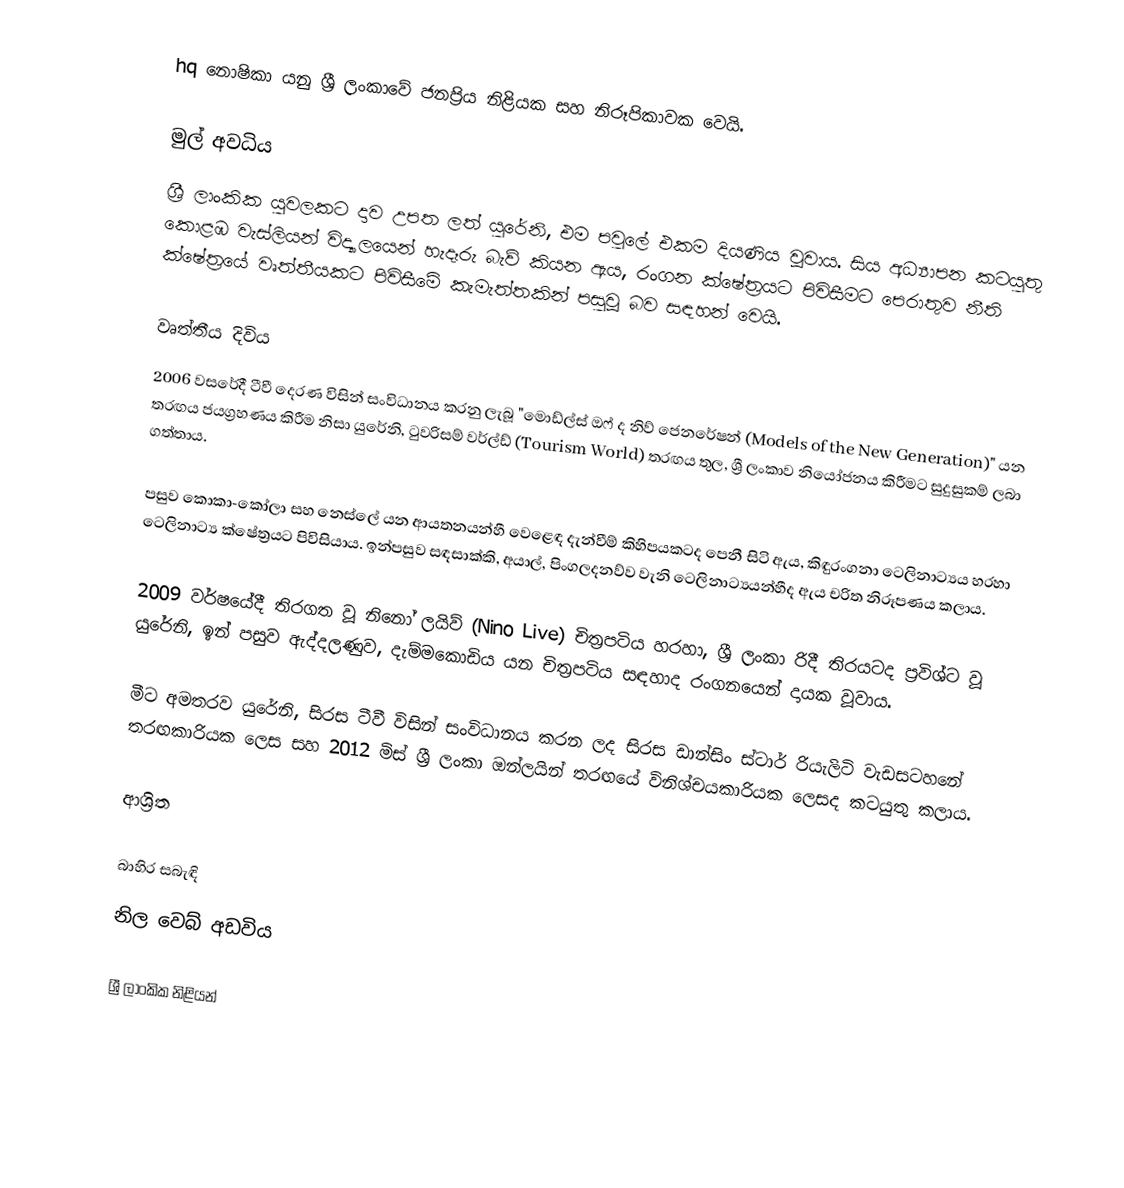
hq නොෂිකා යනු ශ්‍රී ලංකාවේ ජනප්‍රිය නිළියක සහ නිරූපිකාවක වෙයි.

මුල් අවධිය
ශ්‍රී ලාංකික යුවලකට දාව උපත ලත් යුරේනි, එම පවුලේ එකම දියණිය වූවාය. සිය අධ්‍යාපන කටයුතු කොළඹ වැස්ලියන් විද්‍යාලයෙන් හැදෑරු බැව් කියන ඇය, රංගන ක්ෂේත්‍රයට පිවිසීමට පෙරාතුව නීති ක්ෂේත්‍රයේ වෘත්තීයකට පිවිසීමේ කැමැත්තකින් පසුවූ බව සඳහන් වෙයි.

වෘත්තීය දිවිය
2006 වසරේදී ටීවී දෙරණ විසින් සංවිධානය කරනු ලැබූ "මොඩ්ල්ස් ඔෆ් ද නිව් ජෙනරේෂන් (Models of the New Generation)" යන තරඟය ජයග්‍රහණය කිරීම නිසා යුරේනි, ටුවරිසම් වර්ල්ඩ් (Tourism World) තරඟය තුල, ශ්‍රී ලංකාව නියෝජනය කිරීමට සුදුසුකම් ලබා ගත්තාය.

පසුව කොකා-කෝලා සහ නෙස්ලේ යන ආයතනයන්හී වෙළෙඳ දැන්වීම් කිහිපයකටද පෙනී සිටි ඇය, කිඳුරංගනා ටෙලිනාට්‍යය හරහා ටෙලිනාට්‍ය ක්ෂේත්‍රයට පිවිසියාය. ඉන්පසුව සඳසාක්කි, අයාල්, පිංගලදනව්ව වැනි ටෙලිනාට්‍යයන්හීද ඇය චරිත නිරූපණය කලාය.

2009 වර්ෂයේදී තිරගත වූ නිනෝ ලයිව් (Nino Live) චිත්‍රපටිය හරහා, ශ්‍රී ලංකා රිදී තිරයටද ප්‍රවිශ්ට වූ යුරේනි, ඉන් පසුව ඇද්දලණුව, දැම්මකොඩිය යන චිත්‍රපටිය සඳහාද රංගනයෙන් දායක වූවාය.

මීට අමතරව යුරේනි, සිරස ටීවී විසින් සංවිධානය කරන ලද සිරස ඩාන්සිං ස්ටාර් රියැලිටි වැඩසටහනේ තරඟකාරියක ලෙස සහ 2012 මිස් ශ්‍රී ලංකා ඔන්ලයින් තරඟයේ විනිශ්චයකාරියක ලෙසද කටයුතු කලාය.

ආශ්‍රිත

බාහිර සබැඳි
 නිල වෙබ් අඩවිය

ශ්‍රී ලාංකික නිළියන්